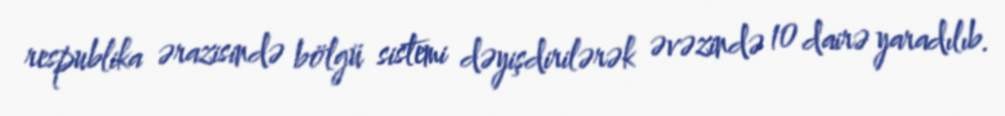
respublika ərazisində bölgü sistemi dəyişdirilərək əvəzində 10 dairə yaradılıb.